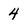
Character: 4